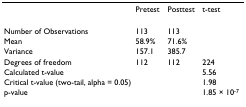
<table><thead><tr><td></td><td><b>Pretest</b></td><td><b>Posttest</b></td><td><b>t-test</b></td></tr></thead><tbody><tr><td>Number of Observations</td><td>113</td><td>113</td><td></td></tr><tr><td>Mean</td><td>58.9%</td><td>71.6%</td><td></td></tr><tr><td>Variance</td><td>157.1</td><td>385.7</td><td></td></tr><tr><td>Degrees of freedom</td><td>112</td><td>112</td><td>224</td></tr><tr><td>Calculated t-value</td><td></td><td></td><td>5.56</td></tr><tr><td>Critical t-value (two-tail, alpha = 0.05)</td><td></td><td></td><td>1.98</td></tr><tr><td>p-value</td><td></td><td></td><td>1.85 × 10<sup>-7</sup></td></tr></tbody></table>